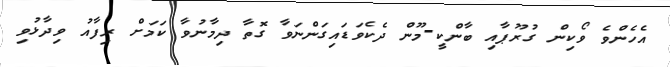
އެހެންވެ ވޯކިން ގުރޫޕާއި ބާންކީ-މޫން ދެކެވަޑައިގަންނަވާ ގޮތާ ދިމާނުވާ ކަމަށް ރިފާއު ވިދާޅުވި